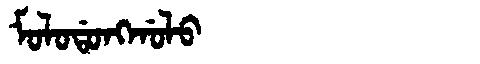
Manchu: ᠮᠣᠯᠣᡩᠣᠩᡤᠣᠯᠣ
Romanization: MOLODONGGOLO